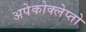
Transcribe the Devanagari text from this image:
अपेकोक्लेप्तो